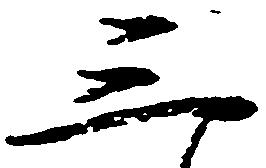
三